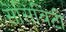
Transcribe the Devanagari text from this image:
सेंसिविटी